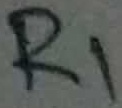
Text: R1